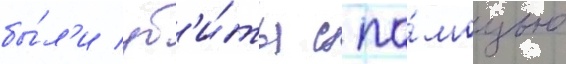
бы́л'и уб'и́ты с по́мощью